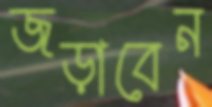
জড়াবেন